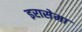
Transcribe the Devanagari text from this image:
इरासेमा